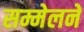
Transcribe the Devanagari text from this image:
सम्मेलने